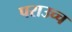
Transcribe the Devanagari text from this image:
पराउच्च